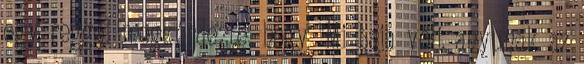
egy reggel megkérdezte, hogy "Mi baja volt anyunak az